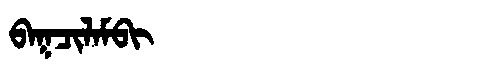
Manchu: ᠪᠠᡴᠴᡳᠯᠠᠮᠪᡳ
Romanization: BAKCILAMBI